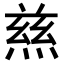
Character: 𭵝